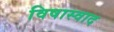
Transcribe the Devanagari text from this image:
विषास्वाद